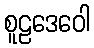
စူဠဒေဝေါ